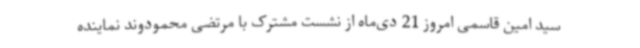
سید امین قاسمی امروز 21 دی‌ماه از نشست مشترک با مرتضی محمودوند نماینده